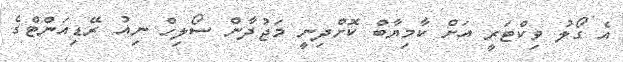
އެ ގޯލު ވިކްޓަރީ އަށް ކާމިޔާބް ކޮށްދިނީ މަޖުދާން ސޯލިހް ނިއު ރޭޑިއަންޓްގެ